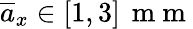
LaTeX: \overline{{a}}_{x}\in\left[1,3\right]\, \mathrm{~m~m~}